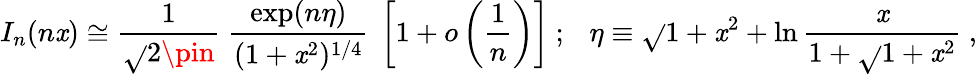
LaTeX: I_{n}(n\mathit{x})\cong\frac{{1}}{{\sqrt{}{{2\pin}}}}~\frac{{\exp(n\eta)}}{{(1+\mathit{x}^{2})^{1/4}}}~\left[1+o\left(\frac{{1}}{{n}}\right)\right]~;~~~\eta\equiv\sqrt{}{{1+\mathit{x}^{2}}}+\ln\frac{{\mathit{x}}}{{1+\sqrt{}{{1+\mathit{x}^{2}}}}}~,